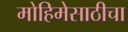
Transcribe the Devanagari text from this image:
मोहिमेसाठीचा